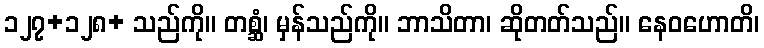
၁၂၇+၁၂၈+ သည်ကို။ တစ္ဆံ၊ မှန်သည်ကို။ ဘာသိတာ၊ ဆိုတတ်သည်။ နေဝဟောတိ၊